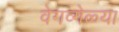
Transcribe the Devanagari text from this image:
वेगव्गेळ्या